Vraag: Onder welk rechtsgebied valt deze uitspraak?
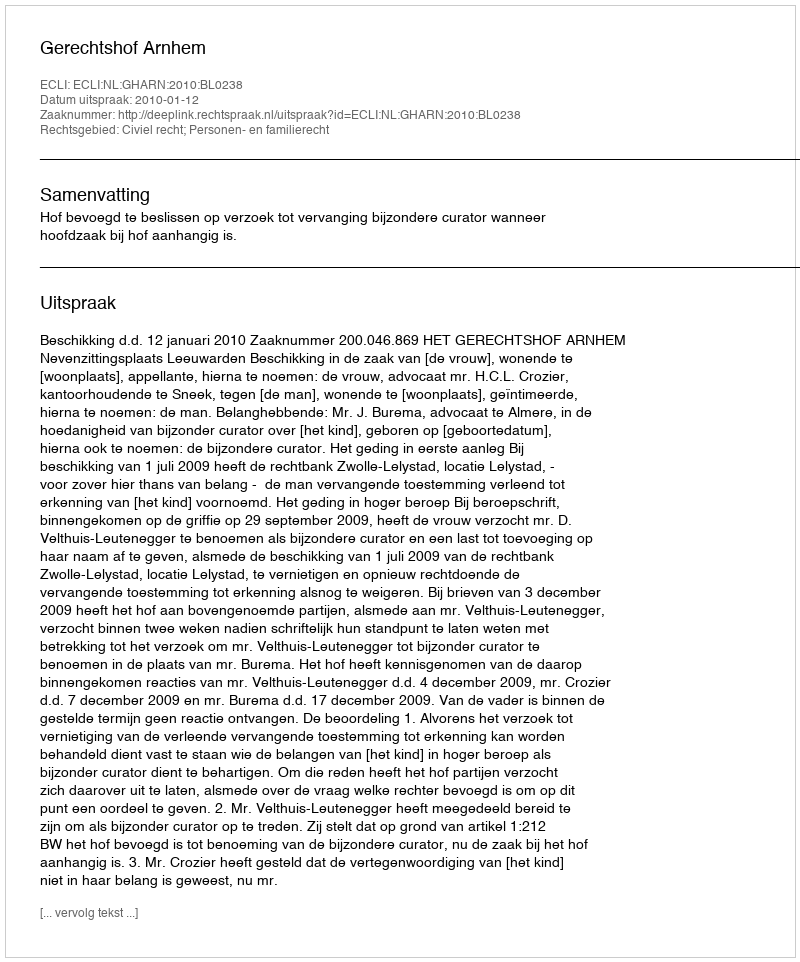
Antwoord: Civiel recht; Personen- en familierecht